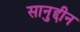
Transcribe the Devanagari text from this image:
सानुद्दीन